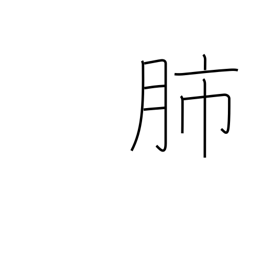
Meaning: lungs